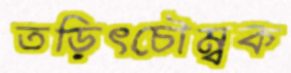
তড়িৎচৌম্বক